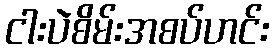
ငါးပဲစိမ်းအစပ်ဟင်း